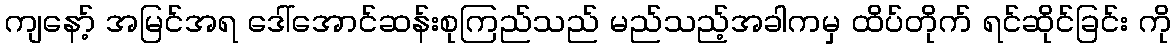
ကျနော့် အမြင်အရ ဒေါ်အောင်ဆန်းစုကြည်သည် မည်သည့်အခါကမှ ထိပ်တိုက် ရင်ဆိုင်ခြင်း ကို